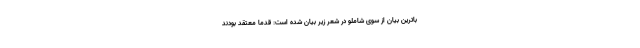
باترین بیان از سوی شاملو در شعر زیر بیان شده است: قدما معتقد بودند